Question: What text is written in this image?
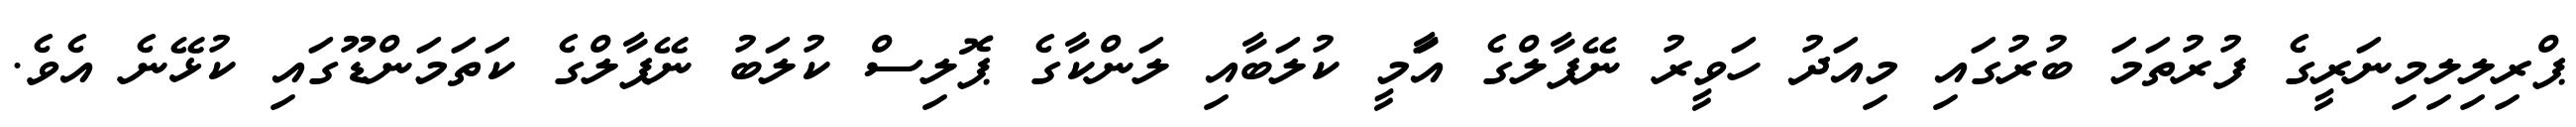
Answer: ޕްރިލިލިމިނަރީގެ ފުރުތަމަ ބުރުގައި މިއަދު ހަވީރު ނޭޕާލްގެ އާަމީ ކުލަބާއި ލަންކާގެ ޕޮލިސް ކުލަބު ނޭޕާލްގެ ކަތަމަންޑޫގައި ކުޅޭނެ އެވެ.